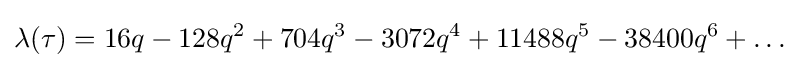
\lambda (\tau )=16q-128q^{2}+704q^{3}-3072q^{4}+11488q^{5}-38400q^{6}+\dots